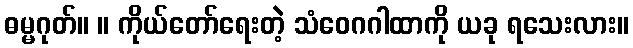
ဓမ္မဂုတ်။ ။ ကိုယ်တော်ရေးတဲ့ သံဝေဂဂါထာကို ယခု ရသေးလား။